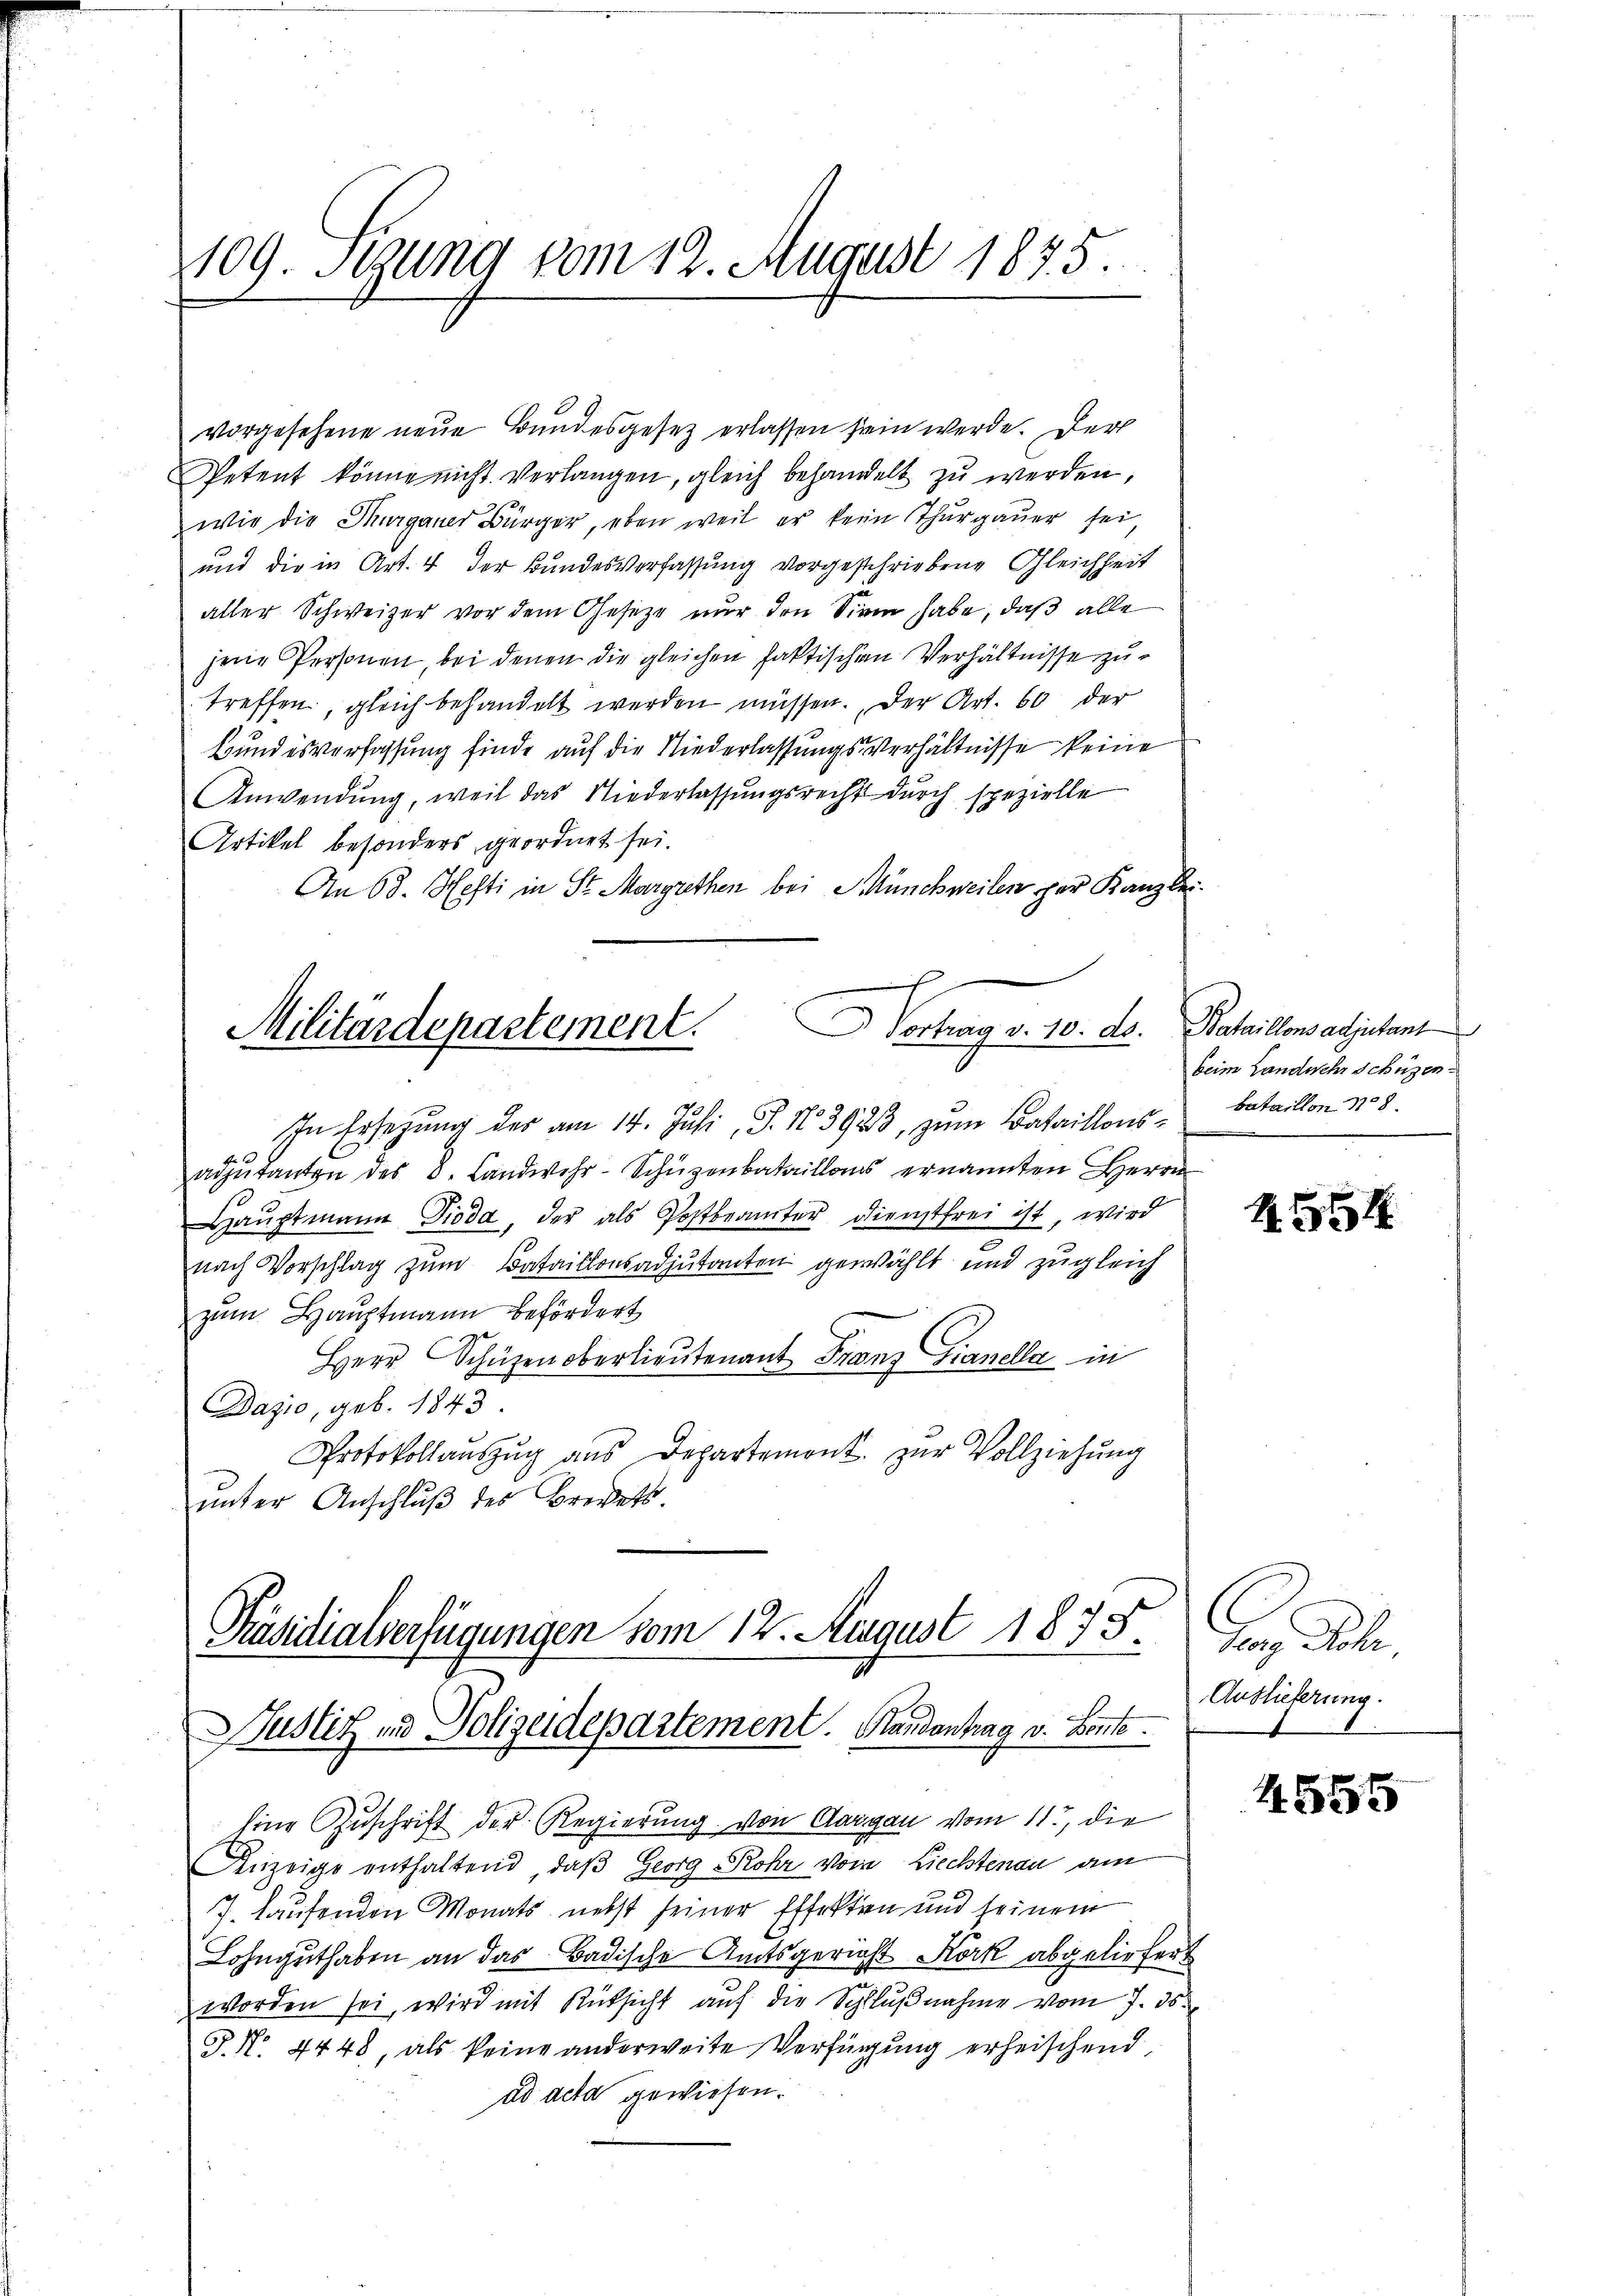
109. Segung vom 12. August 1875.

vorgesehene neue Bundesgesez erlassen sein werde. Der
Petent könne nicht verlangen, gleich behandelt zu werden,
wie die Thurgauer Bürger, eben weil er kein Thŭrgaŭer sei,
und die in Art. 4 der Bundesverfassung vorgeschriebene Gleichheit
aller Schweizer vor dem Gesetze nur den Sinn habe, daß alle
jene Personen, bei denen die gleichen faktischen Verhältnisse zutreffen, gleich behandelt werden müssen. Der Art. 60 der
Bundesverfassung finde auf die Niederlassungs-Verhältnisse keine
Anwendŭng, weil das Niederlassŭngsrecht dŭrch spezielle
Artikel besonders geordnet sei.
An 68. Hefti in St. Margrethen bei Münchweilen per Kanzlei¬

etung d. 10. d.
Militärdepartement.

In Ersetzŭng der am 14. Juli, P. 13923, zŭm Bataillons- bataillon No 8.
.
aozuranten des 8. Landwehr-Schüzenbataillons ernannten Herrn
Haŭptmann Pioda, der als Postbranter dienstfrei ist, wird
nach Vorschlag zum Bataillonsadjutanten gewählt und zugleich
zum Hauptmann befördert
Herr Schüzen oberlieutenant Franz Gianella in
Dazio, geb. 1843.
Protokollauszug aus Departemont. zŭr Vollziehung
ŭnter Anschlŭβ des Brevets

Eine Zuschrift der Regierung von Aargau vom 11., die
Anzeige enthaltend, daβ Georg Rohr vom Liechtenau am
7. Laufenden Monats nebst seiner Effekten und seinem
Lohnguthaben an das Badische Amtsgericht Kork abgeliefert
d
worden sei, wird mit Rüksicht auf die Schlŭβnahme vom 7. ds.
J. N. 4448, als keine anderweite Verfügung erheischend,
ad acta gewiesen.

Präsidialverfügungen vom 12. August 1875.
Justiz und Polizeidepartement. Handantrag v. Bonnte.

Bataillons adjutant
beim Landwehr schüzen

R.554

Auslieferung.

4555